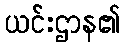
ယင်းဌာန၏